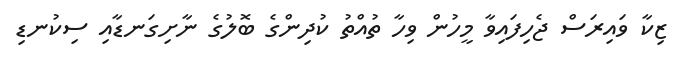
ޒިކާ ވައިރަސް ޖެހިފައިވާ މީހުން ވިހާ ތުއްތު ކުދިންގެ ބޮލުގެ ނާށިގަނޑާއި ސިކުނޑި